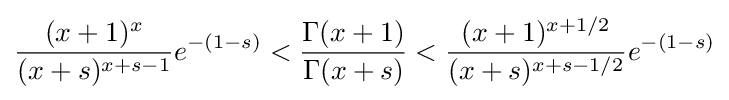
{\frac {(x+1)^{x}}{(x+s)^{x+s-1}}}e^{-(1-s)}<{\frac {\Gamma (x+1)}{\Gamma (x+s)}}<{\frac {(x+1)^{x+1/2}}{(x+s)^{x+s-1/2}}}e^{-(1-s)}